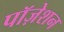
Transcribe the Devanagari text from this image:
पॉज़ेशन